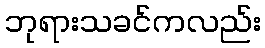
ဘုရားသခင်ကလည်း